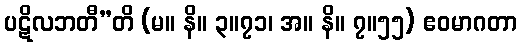
ပဋိလဘတီ”တိ (မ။ နိ။ ၃။၇၁၊ အ။ နိ။ ၇။၅၅) ဧဝမာဂတာ